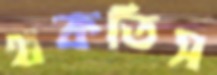
থকতিস